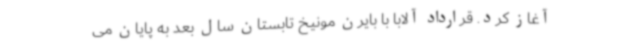
آغاز کرد. قرارداد آلابا با بایرن مونیخ تابستان سال بعد به پایان می